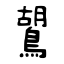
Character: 鶦